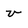
Character: v